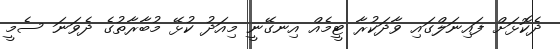
ދެކޮޅަށް ފައިނަލްގައި ވާދަކުރާ ޓީމެއް އިނގޭނީ މިއަދު ކުޅޭ މުބާރާތުގެ ދެވަނަ ސެމީ